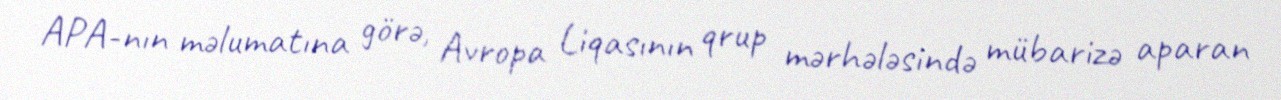
APA-nın məlumatına görə, Avropa Liqasının qrup mərhələsində mübarizə aparan